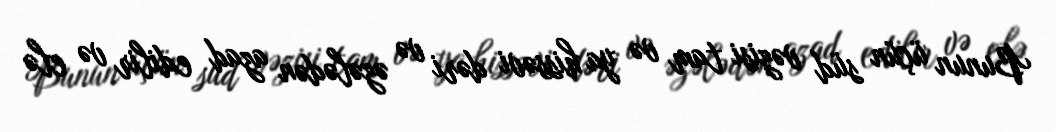
Bunun üçün süd vəzisi tam və ya hissəvi dəri və əzələdən azad edilir və elə